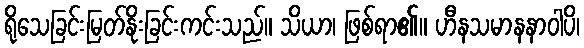
ရိုသေခြင်းမြတ်နိုးခြင်းကင်းသည်။ သိယာ၊ ဖြစ်ရာ၏။ ဟီနသမာနနာဝါပိ၊